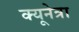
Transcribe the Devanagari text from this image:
क्यूनेत्रा